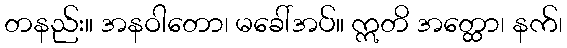
တနည်း။ အနဝါတော၊ မခေါ်အပ်။ ဣတိ အတ္ထော၊ နက်၊